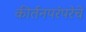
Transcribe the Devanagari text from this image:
कीर्तनपरंपरेचे